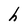
Character: h